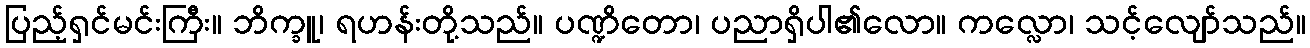
ပြည့်ရှင်မင်းကြီး။ ဘိက္ခူ၊ ရဟန်းတို့သည်။ ပဏ္ဍိတော၊ ပညာရှိပါ၏လော။ ကလ္လော၊ သင့်လျော်သည်။